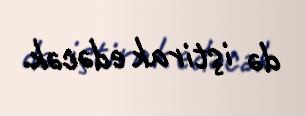
də iştirak edəcək.